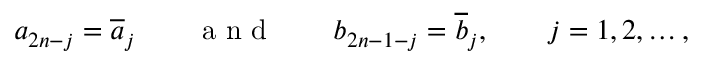
a _ { 2 n - j } = \overline { { a } } _ { j } \qquad \mathrm { ~ a ~ n ~ d ~ } \qquad b _ { 2 n - 1 - j } = \overline { { b } } _ { j } , \qquad j = 1 , 2 , \ldots ,